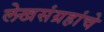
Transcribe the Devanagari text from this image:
लेखसंग्रहांचे